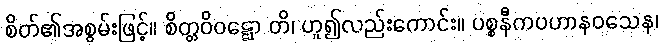
စိတ်၏အစွမ်းဖြင့်။ စိတ္တဝိဝဋ္ဋော တိ၊ ဟူ၍လည်းကောင်း။ ပစ္စနီကပဟာနဝသေန၊